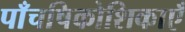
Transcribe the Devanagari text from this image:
पाँचषिकोशिकाएँ